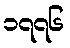
၁၇၇၆